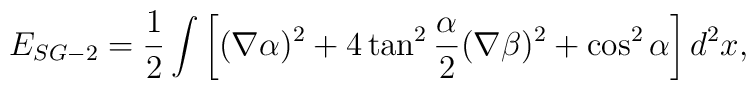
E_{SG-2}= \frac 12\int \left[ (\nabla \alpha)^2 + 4 \tan^2 \frac{ \alpha }{2} (\nabla \beta)^2+ \cos^2\alpha \right] d^2x,